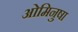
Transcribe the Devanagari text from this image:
ओमिनुषा